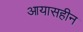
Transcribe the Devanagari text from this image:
आयासहीन